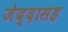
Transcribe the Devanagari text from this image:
जेद्दासह